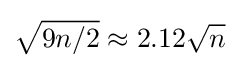
{\sqrt {9n/2}}\approx 2.12{\sqrt {n}}